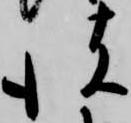
彼